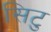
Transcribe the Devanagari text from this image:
सिटु